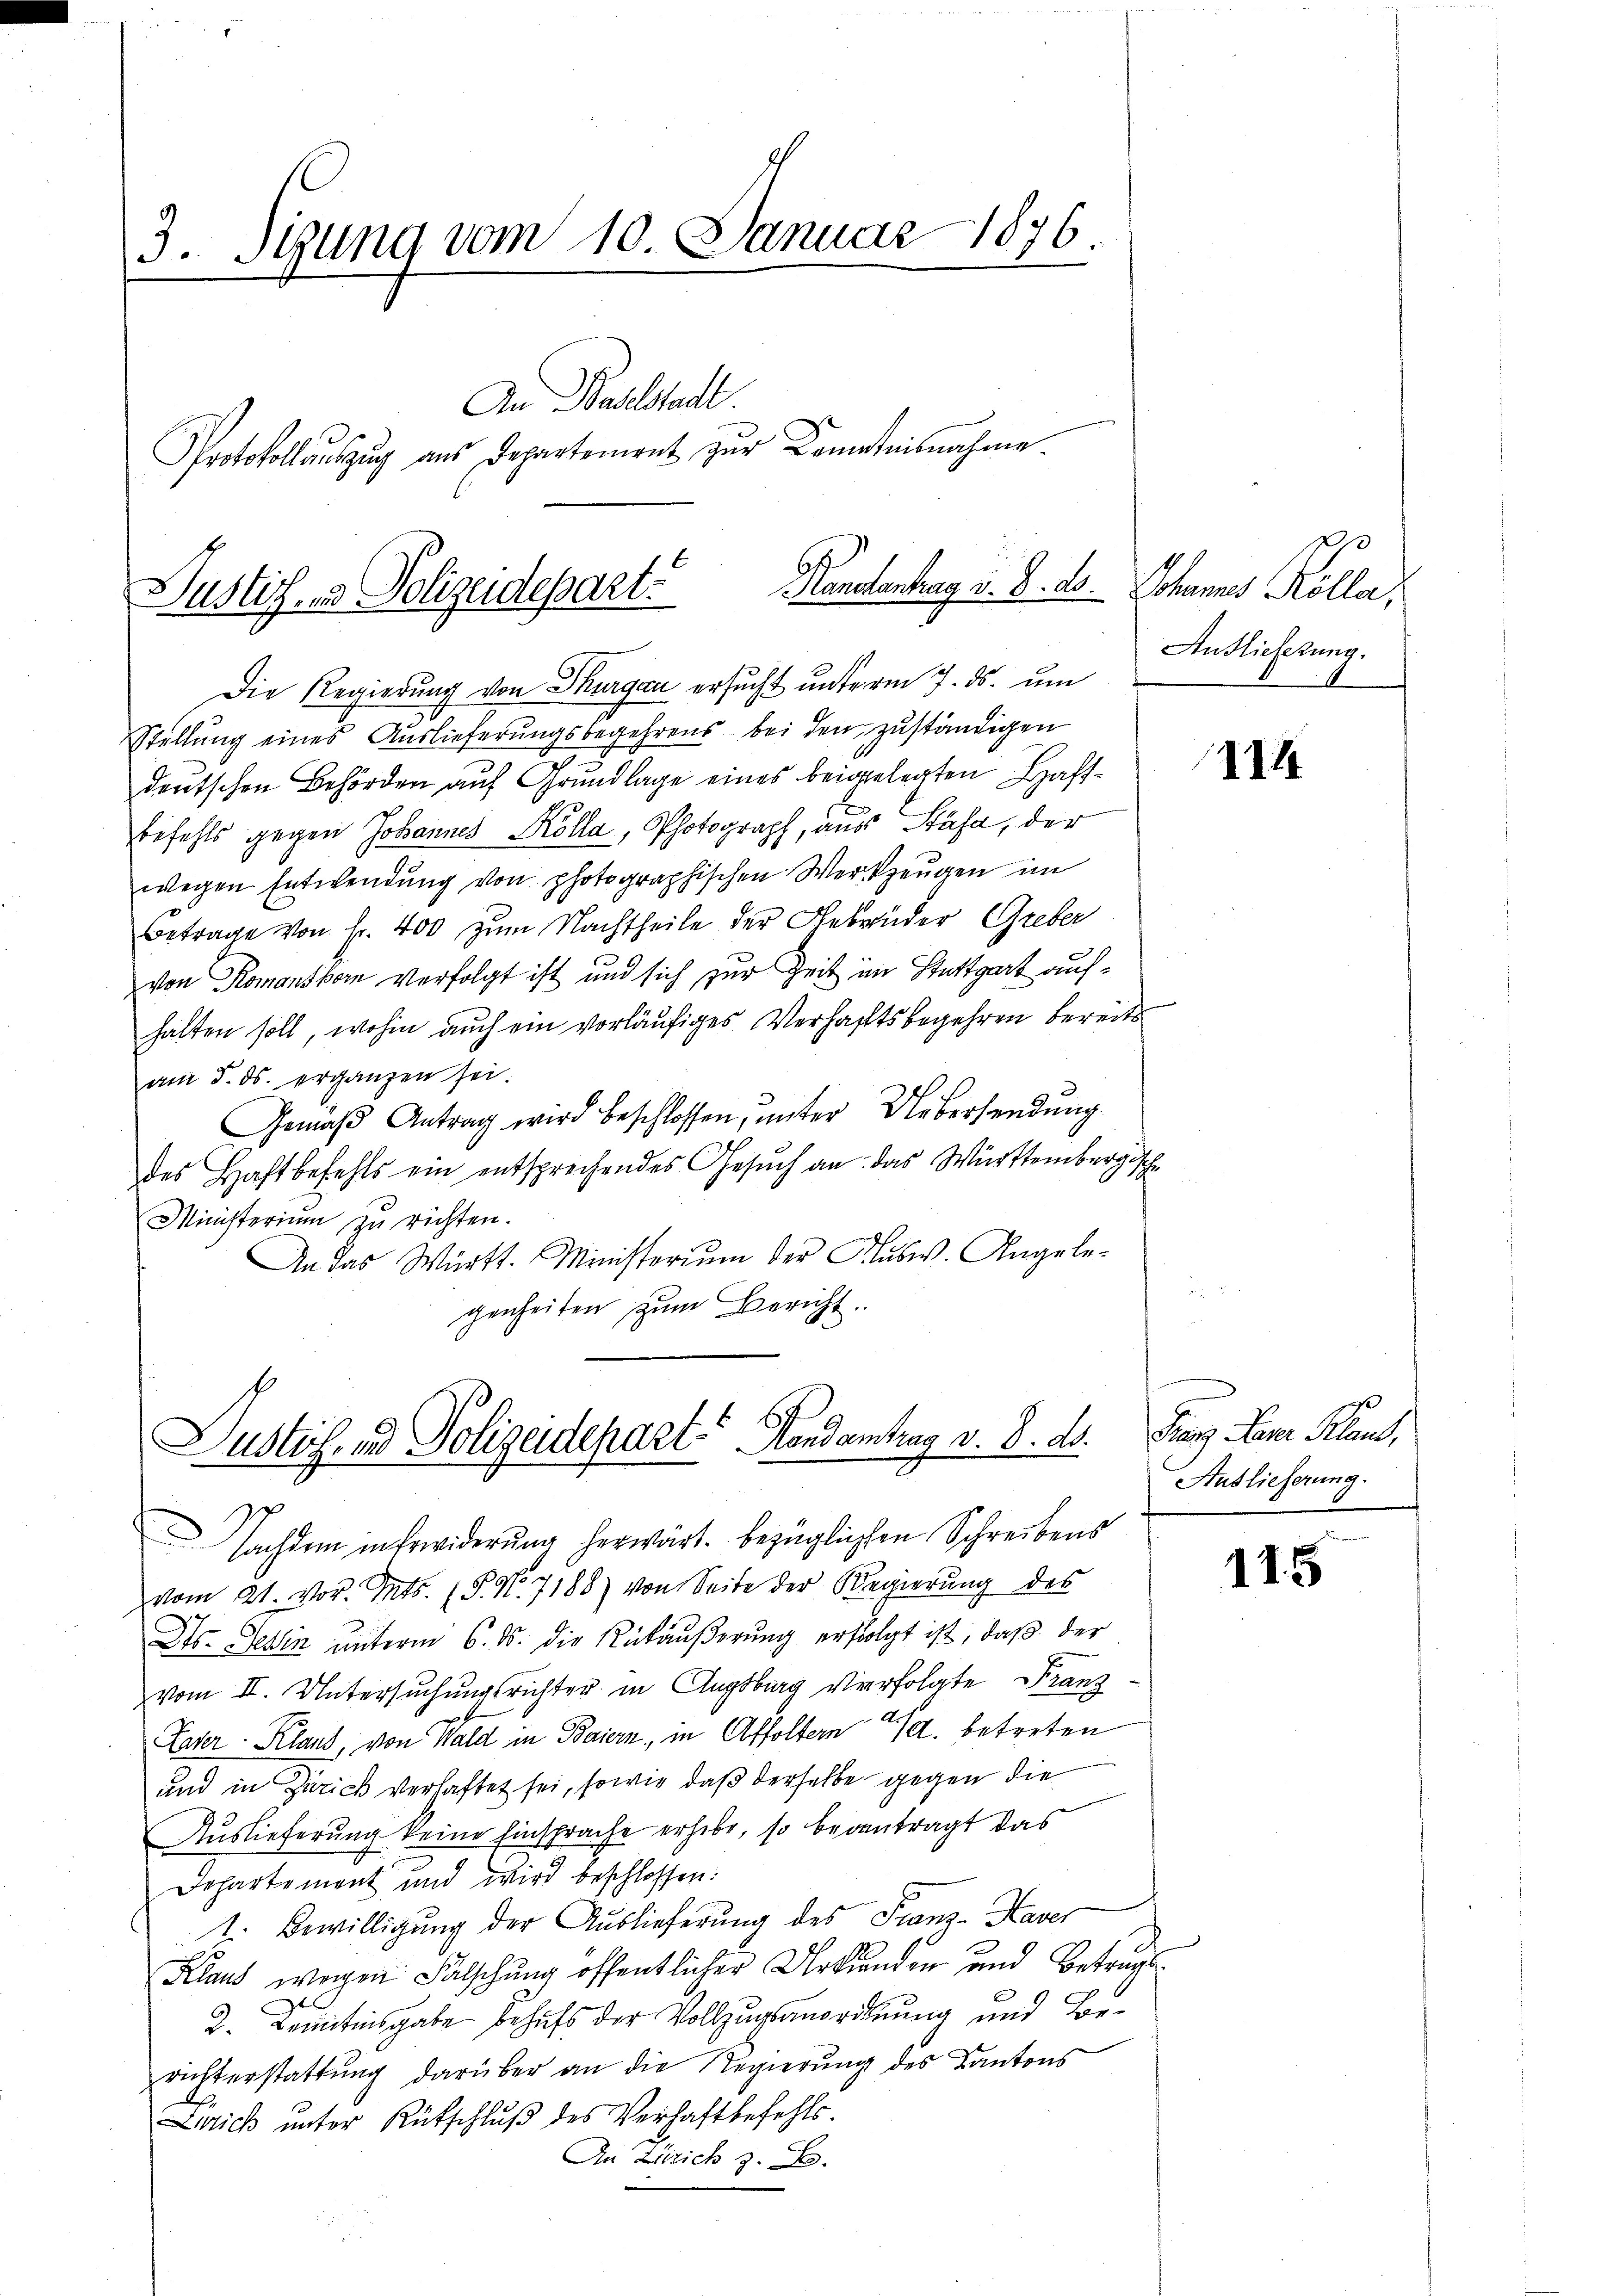
3. Siung vom 10. Januar 1876.
An Baselstadt.
Protokollauszug aus Departement zur Cometnisnahme

Kandtenberg v. J. ds.   Johannes Kölla,
Justiz- & Polizeidepart.

Die Regierung von Thurgau ersucht unterm 7. ds. um
Stellung eines Auslieferungsbegehrens bei den zuständigen
deutschen Behörden auf Grundlage eines beigelegten Haftbefehls gegen Johannes Kolla, Photograph, aus Stäfa, der
wegen Entwendung von photographischen Werkzeugen im
Betrage von Fr. 400 zum Nachtheile der Gebrüder Greber
von Komansborn verfolgt ist und sich zur Zeit im Stuttgart aufhalten soll, wohin auch ein vorläufiges Verhaftsbegehren bereits
am 5. ds. ergänzen sei.
Gemäβ Antrag wird beschlossen, unter Uebersendung.
des Haftbefehls ein entsprechendes Gesŭch an das Württembergisch
Ministerium zu richten.
An das Württ. Ministerium der Musw. Angelegenheiten zum Bericht.

Justiz- und Polizeidepart Handantrag v. 8. ds.

Nachdem in Erwiderung herwart. bezüglichen Schreibens
vom 21. vor. Mts. (T. N. 7188) von Seite der Regierung des
Dts. Gesin unterm 6. ds. die Rückäußerung erfolgt ist, daß der
vom II. Untersuchungsrichter in Augsburg verfolgte Franz¬
Later Kland, von Wald in Baiern, in Affoltern a. betreten
und in Zürich verhaftet sei, sowie daß derselbe gegen die
Auslieferung keine Einsprache erhebe, so beantragt das
Departement und wird beschlossen:
1. Bewilligung der Auslieferung des Franz-Haver
Klaus wegen Fälschung öffentlicher Urkunden und Betrugs¬
2. Frantisgabe behufs der Vollzugsanordnung und Berichterstattung darüber an die Regierung des Kantons
Zürich unter Rütschluß des Verhaftbefehls.
An Zürich z. B.

Anslieferung.

114

Franz Janr. Klaus,
Auslieferung.

115